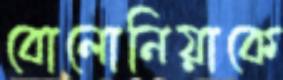
বোলোনিয়াকে